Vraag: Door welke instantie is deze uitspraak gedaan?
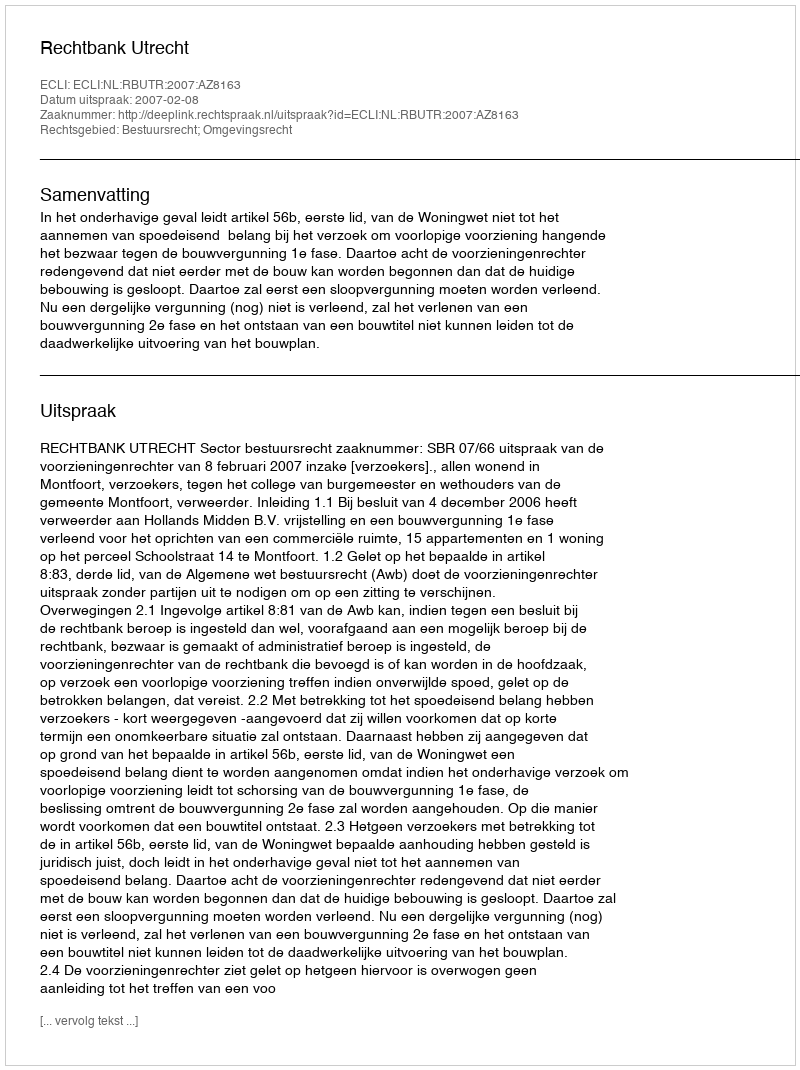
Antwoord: Rechtbank Utrecht